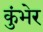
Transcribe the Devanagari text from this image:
कुंभेर